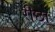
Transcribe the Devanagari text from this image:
रीछा